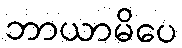
ဘာယာမိပေ